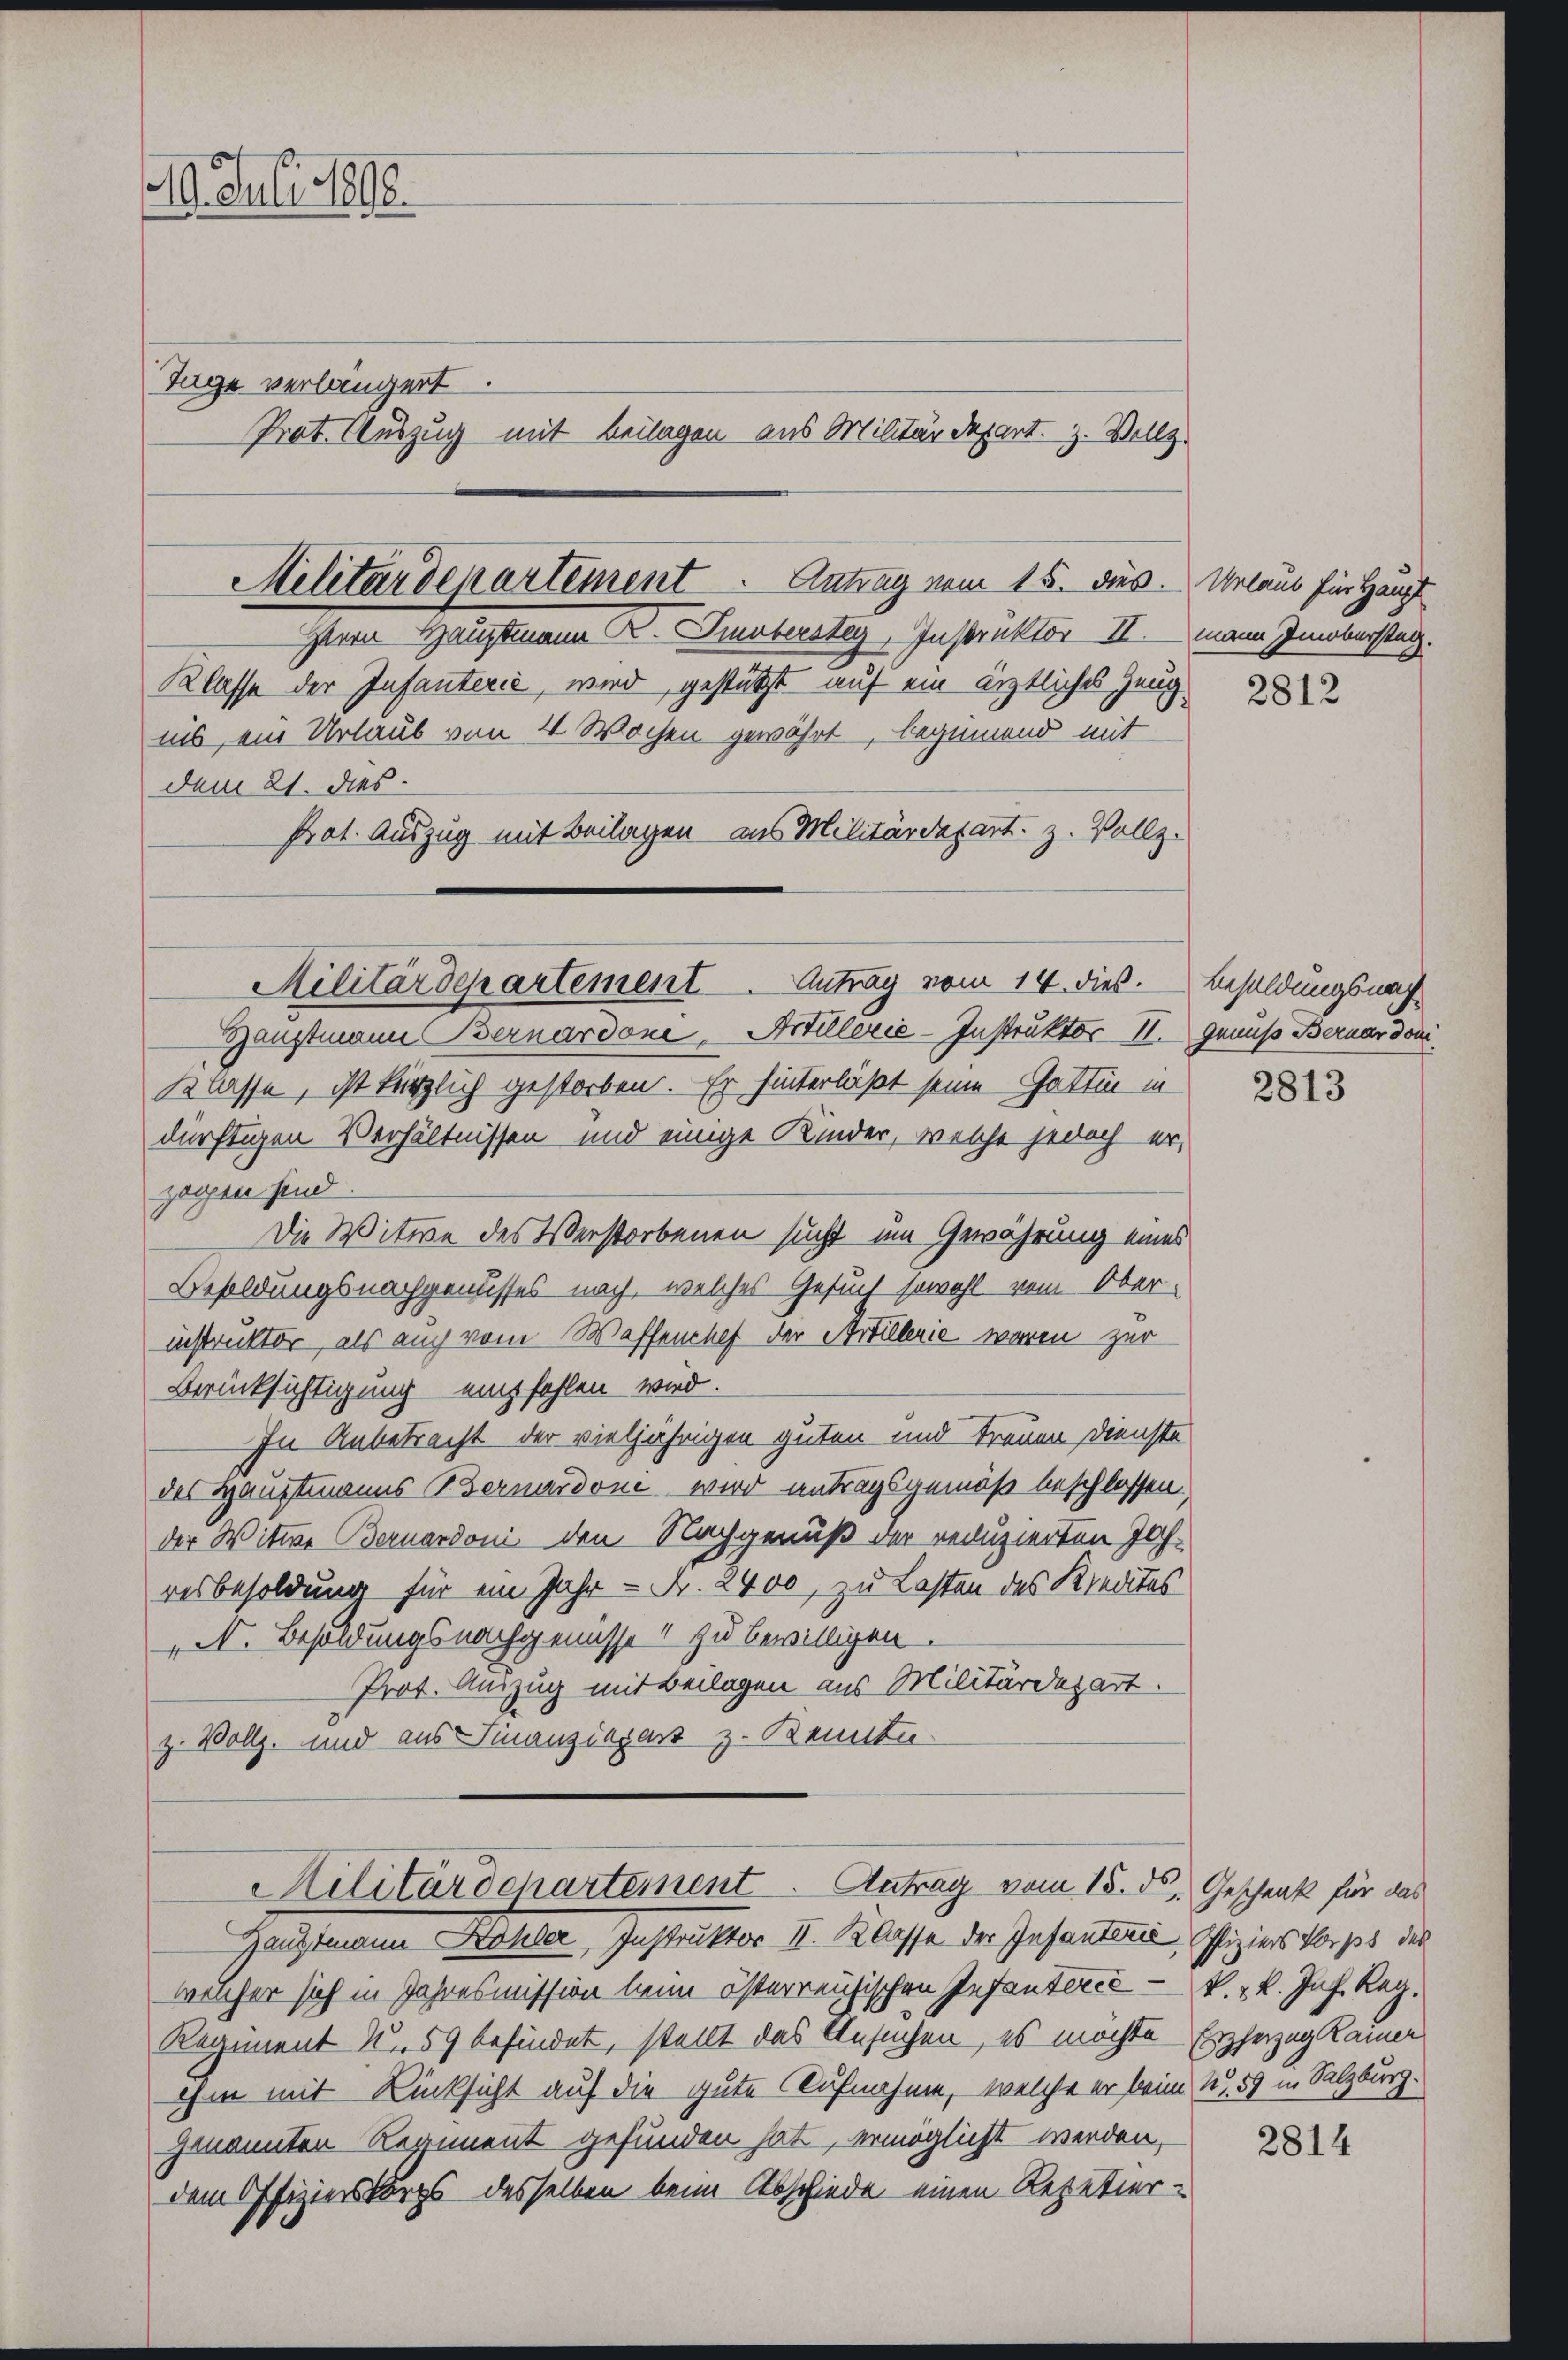
10. Juli 1890.
Tage verlängert.
Prot. Auszug mit Beilagen aus Militärdepart. Z. Vollz
Militärdepartement. Antrag vom 15. des Urlaub für Haupt
Herrn Hauptmann Dr. Siebersteg, Instruktor II. Mann Imoberstag.
Klasse der Infanterić wird, gestützt auf ein ärztliches Zeugiis ein Urlaub von 4 Wochen gewährt, beginnend mit
dem 21. dies
Prat. Auszug mit Beilagen aus Militärdepart. z. Vollz

Klasse, ist kürzlich gestorben. Er hinterläßt seine Gattin in
dürftigen Verhältnissen und einige Kinder, welche jedoch er
zogen sind.
Die Witwe des Verstorbenen sucht um Gewährung eines
Besoldungsnachgenusses nach, welches Gesuch sowohl vom Ober-
instruktor, als auch vom Waffenchef der Artillerie waren zur
Berücksichtigung empfehlen wird.
In Anbetracht der vieljährigen guten und treuen Dienste
des Hauptmanns Bernardoni wird antragsgemäß beschlossen.
der Witwe Bernardoni den Nachgenuß der reduzierten Jahresbesoldung für im Jahr - Fr. 2400, zu Lasten des Kredites
N. Besoldungsnachgenusse 1 zu bewilligen.
Prot. Auszug mit Beilagen aus Militärdepart.
z. Vollz. und aus Finanziages z. Kenntn

Militärdepartement Antrag vom 14. dies. Besoldungsnach
Hauptmann Bernardone Artillerie-Instruktor II. Genuß Beruar domi

Militärdepartement. Antrag vom 15. ds. Geschenk für das

Hauptmann Höhler, Instruktor II. Klasse der Infanten Pfiziers Korps des
welcher sich in Jahresmission beim österreichischen Infanterić - k. k. Joh. Reg.
Regiment Nr. 59 befindet, stellt das Ansuchen, es möchte Erzherzug Keinen
ihm mit Rücksicht auf die gute Aufnahme, welche er beim No. 59 in Salzburg.
genannten Regiment gefunden hat, ermöglicht werden,
dem Offizierskorps desselben beim Abschiede einen Repetier-

2812

2813

2814